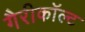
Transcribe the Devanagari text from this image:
गैरीकॉल्ट